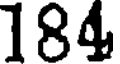
184